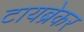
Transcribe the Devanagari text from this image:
टायब्रेकर